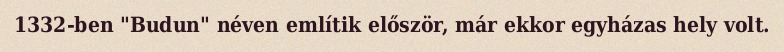
1332-ben "Budun" néven említik először, már ekkor egyházas hely volt.